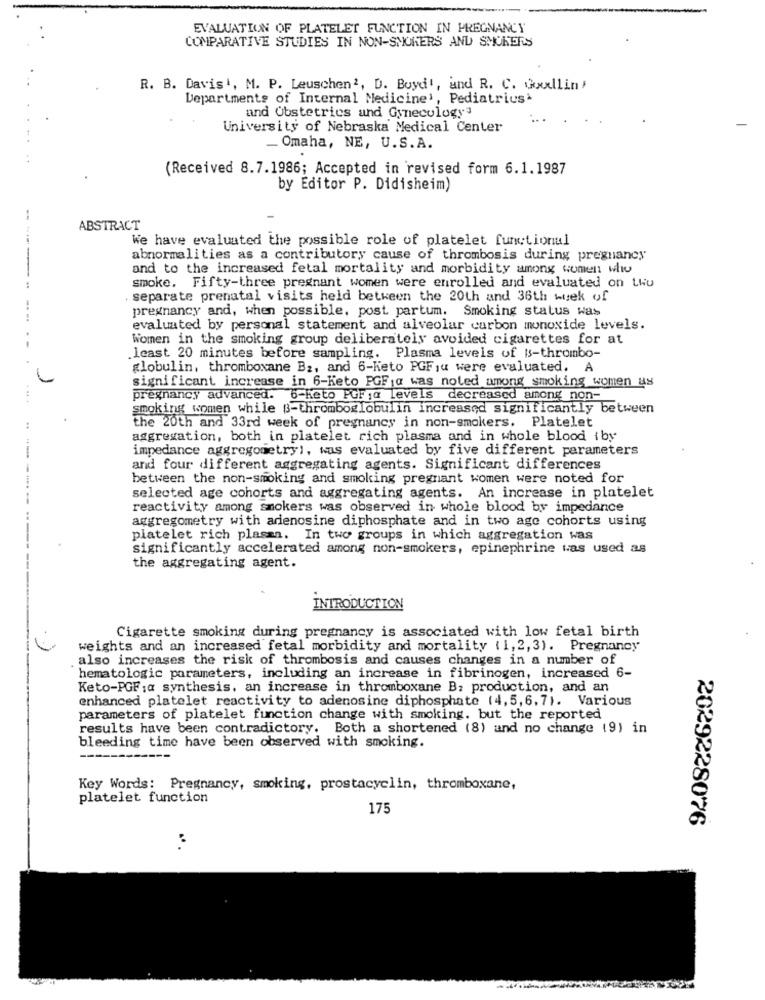
EVALUATION OF PLATELET FUNCTION IN PREGNANCY
COMPARATIVE STUDIES IN NON-SMOKERS AND SMOKERS
R. B. Davis, M. P. Leuschen2, D. Buyd', and R. C. Goodlin)
Departments of Internal Medicine', Pediatrics
and Obstetrics and Gynecology
University of Nebraska Medical Center
Omaha, NE, U.S.A.
(Received 8.7.1986; Accepted in revised form 6.1.1987
by Editor P. Didisheim)
ABSTRACT
We have evaluated the possible role of platelet functional
abnormalities as a contributory cause of thrombosis during pregnancy
----
and to the increased fetal mortality and morbidity among women who
smoke. Fifty-three pregnant women were enrolled and evaluated on Lwu
separate prenatal visits held between the 20th and 36th week of
pregnancy and, when possible. post partum. Smoking status was
evaluated by personal statement and alveolar carbon monoxide levels.
Women in the smoking group deliberately avoided cigarettes for at
least 20 minutes before sampling. Plasma levels of Is-thrombo-
globulin, thromboxane B2, and 6-Keto PGF,u were evaluated.
significant increase in 6-Keto PGF a was noted among smoking women as
pregnancy advanced. 6-Keto PGF1@ levels decreased among non-
smoking women while $3-thromboglobulin increased significantly between
the 20th and 33rd week of pregnancy in non-smokers. Platelet
aggregation, both in platelet rich plasma and in whole blood (by
impedance aggregometry), was evaluated by five different parameters
and four different aggregating agents. Significant differences
between the non-smoking and smoking pregnant women were noted for
selected age cohorts and aggregating agents. An increase in platelet
reactivity among smokers was observed in whole blood by impedance
...
aggregometry with arienosine diphosphate and in two age cohorts using
platelet rich plasma. In two groups in which aggregation was
significantly accelerated among non-smokers, epinephrine was used as
----
the aggregating agent.
INTRODUCTION
Cigarette smoking during pregnancy is associated with low fetal birth
weights and an increased fetal morbidity and mortality (1, 2,3). Pregnancy
also increases the risk of thrombosis and causes changes in a number of
hematologic parameters, including an increase in fibrinogen, increased 6-
Keto-PGF :a synthesis. an increase in thromboxane B; production, and an
enhanced platelet reactivity to adenosine diphosphate (4,5,6,7). Various
parameters of platelet function change with smoking. but the reported
results have been contradictory. Both a shortened (8) and no change (9) in
bleeding time have been observed with smoking.
Key Words: Pregnancy, smoking, prostacyclin, thromboxane,
platelet function
175
2029228076
: